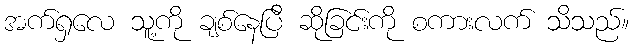
အက်ရှလေ သူ့ကို ချစ်နေပြီ ဆိုခြင်းကို စကားလက် သိသည်။